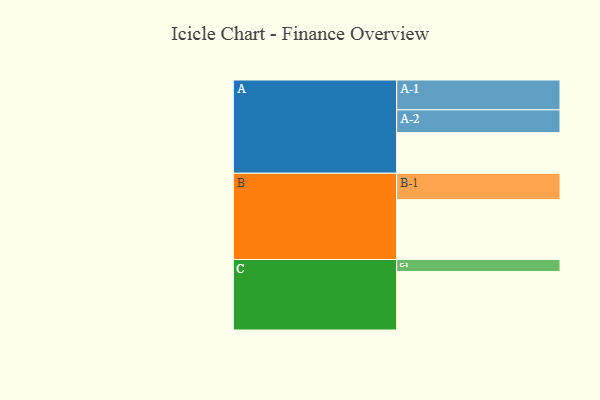
{"axis": {"x": "Segment", "y": "Value"}, "legend": ["", "A", "B", "C"], "data": [{"x": "A", "y": 300, "type": ""}, {"x": "B", "y": 441, "type": ""}, {"x": "C", "y": 431, "type": ""}, {"x": "A-1", "y": 220, "type": "A"}, {"x": "A-2", "y": 168, "type": "A"}, {"x": "B-1", "y": 195, "type": "B"}, {"x": "C-1", "y": 89, "type": "C"}]}